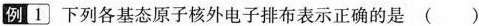
例1下列各基态原子核外电子排布表示正确的是()